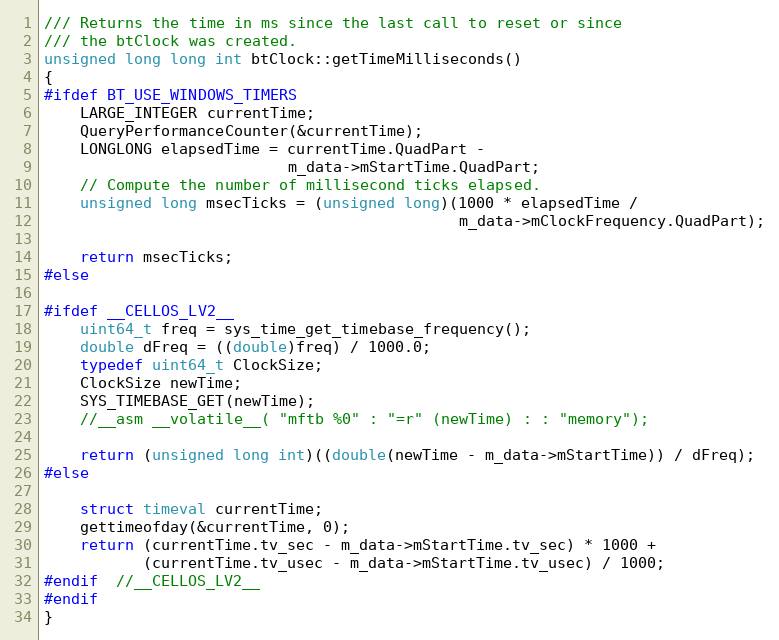
Language: C++
/// Returns the time in ms since the last call to reset or since
/// the btClock was created.
unsigned long long int btClock::getTimeMilliseconds()
{
#ifdef BT_USE_WINDOWS_TIMERS
	LARGE_INTEGER currentTime;
	QueryPerformanceCounter(&currentTime);
	LONGLONG elapsedTime = currentTime.QuadPart -
						   m_data->mStartTime.QuadPart;
	// Compute the number of millisecond ticks elapsed.
	unsigned long msecTicks = (unsigned long)(1000 * elapsedTime /
											  m_data->mClockFrequency.QuadPart);

	return msecTicks;
#else

#ifdef __CELLOS_LV2__
	uint64_t freq = sys_time_get_timebase_frequency();
	double dFreq = ((double)freq) / 1000.0;
	typedef uint64_t ClockSize;
	ClockSize newTime;
	SYS_TIMEBASE_GET(newTime);
	//__asm __volatile__( "mftb %0" : "=r" (newTime) : : "memory");

	return (unsigned long int)((double(newTime - m_data->mStartTime)) / dFreq);
#else

	struct timeval currentTime;
	gettimeofday(&currentTime, 0);
	return (currentTime.tv_sec - m_data->mStartTime.tv_sec) * 1000 +
		   (currentTime.tv_usec - m_data->mStartTime.tv_usec) / 1000;
#endif  //__CELLOS_LV2__
#endif
}